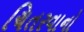
ચિતરવાનો